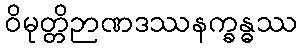
ဝိမုတ္တိဉာဏဒဿနက္ခန္ဓဿ